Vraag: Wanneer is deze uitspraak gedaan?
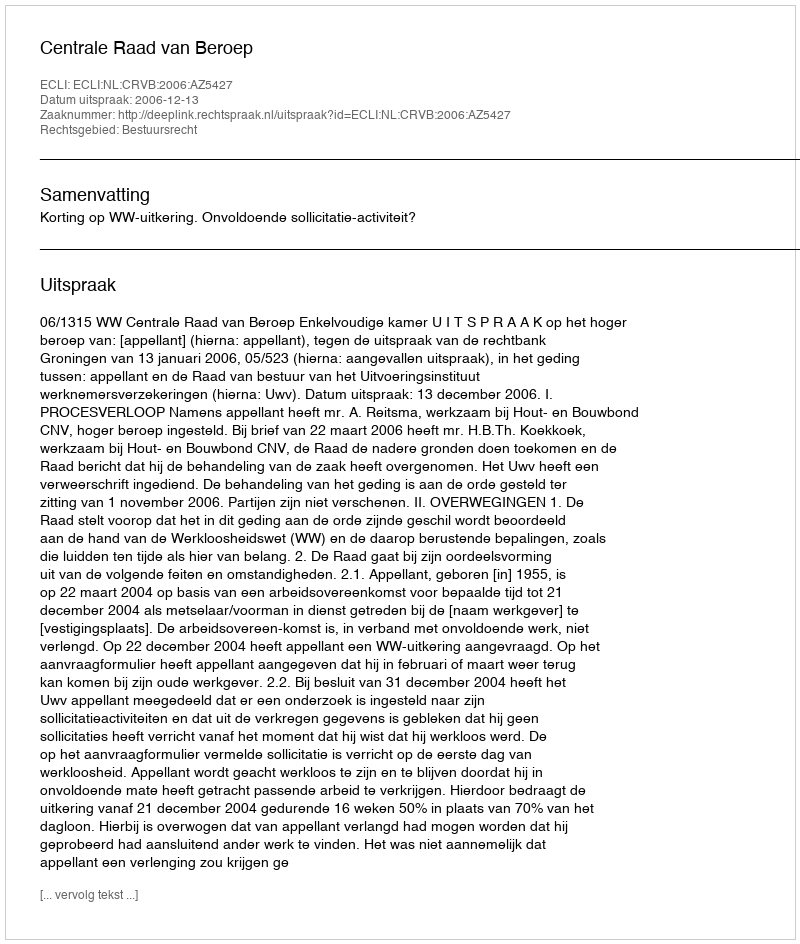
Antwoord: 2006-12-13